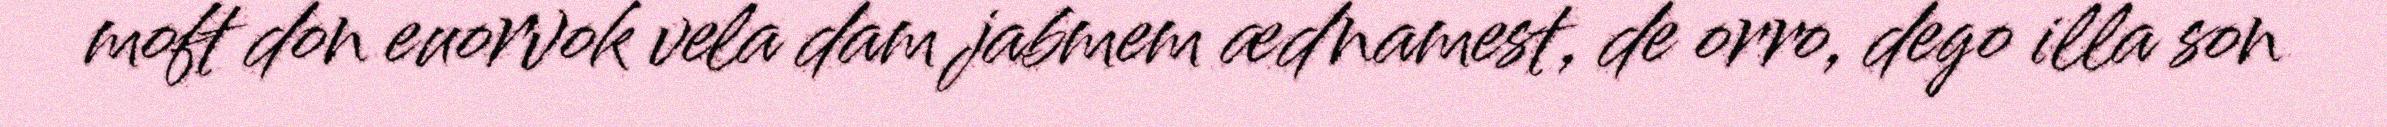
moft don euorvok vela dam jabmem ædnamest, de orro, dego illa son